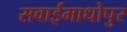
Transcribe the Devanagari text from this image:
सवाईमाधोपुर